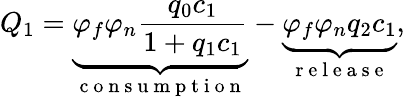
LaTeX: Q_{1}=\underbrace{\varphi_{f}\varphi_{n}\frac{q_{0}c_{1}}{1+q_{1}c_{1}}}_{\mathrm{~c~o~n~s~u~m~p~t~i~o~n~}}-\underbrace{\varphi_{f}\varphi_{n}q_{2}c_{1}}_{\mathrm{~r~e~l~e~a~s~e~}},